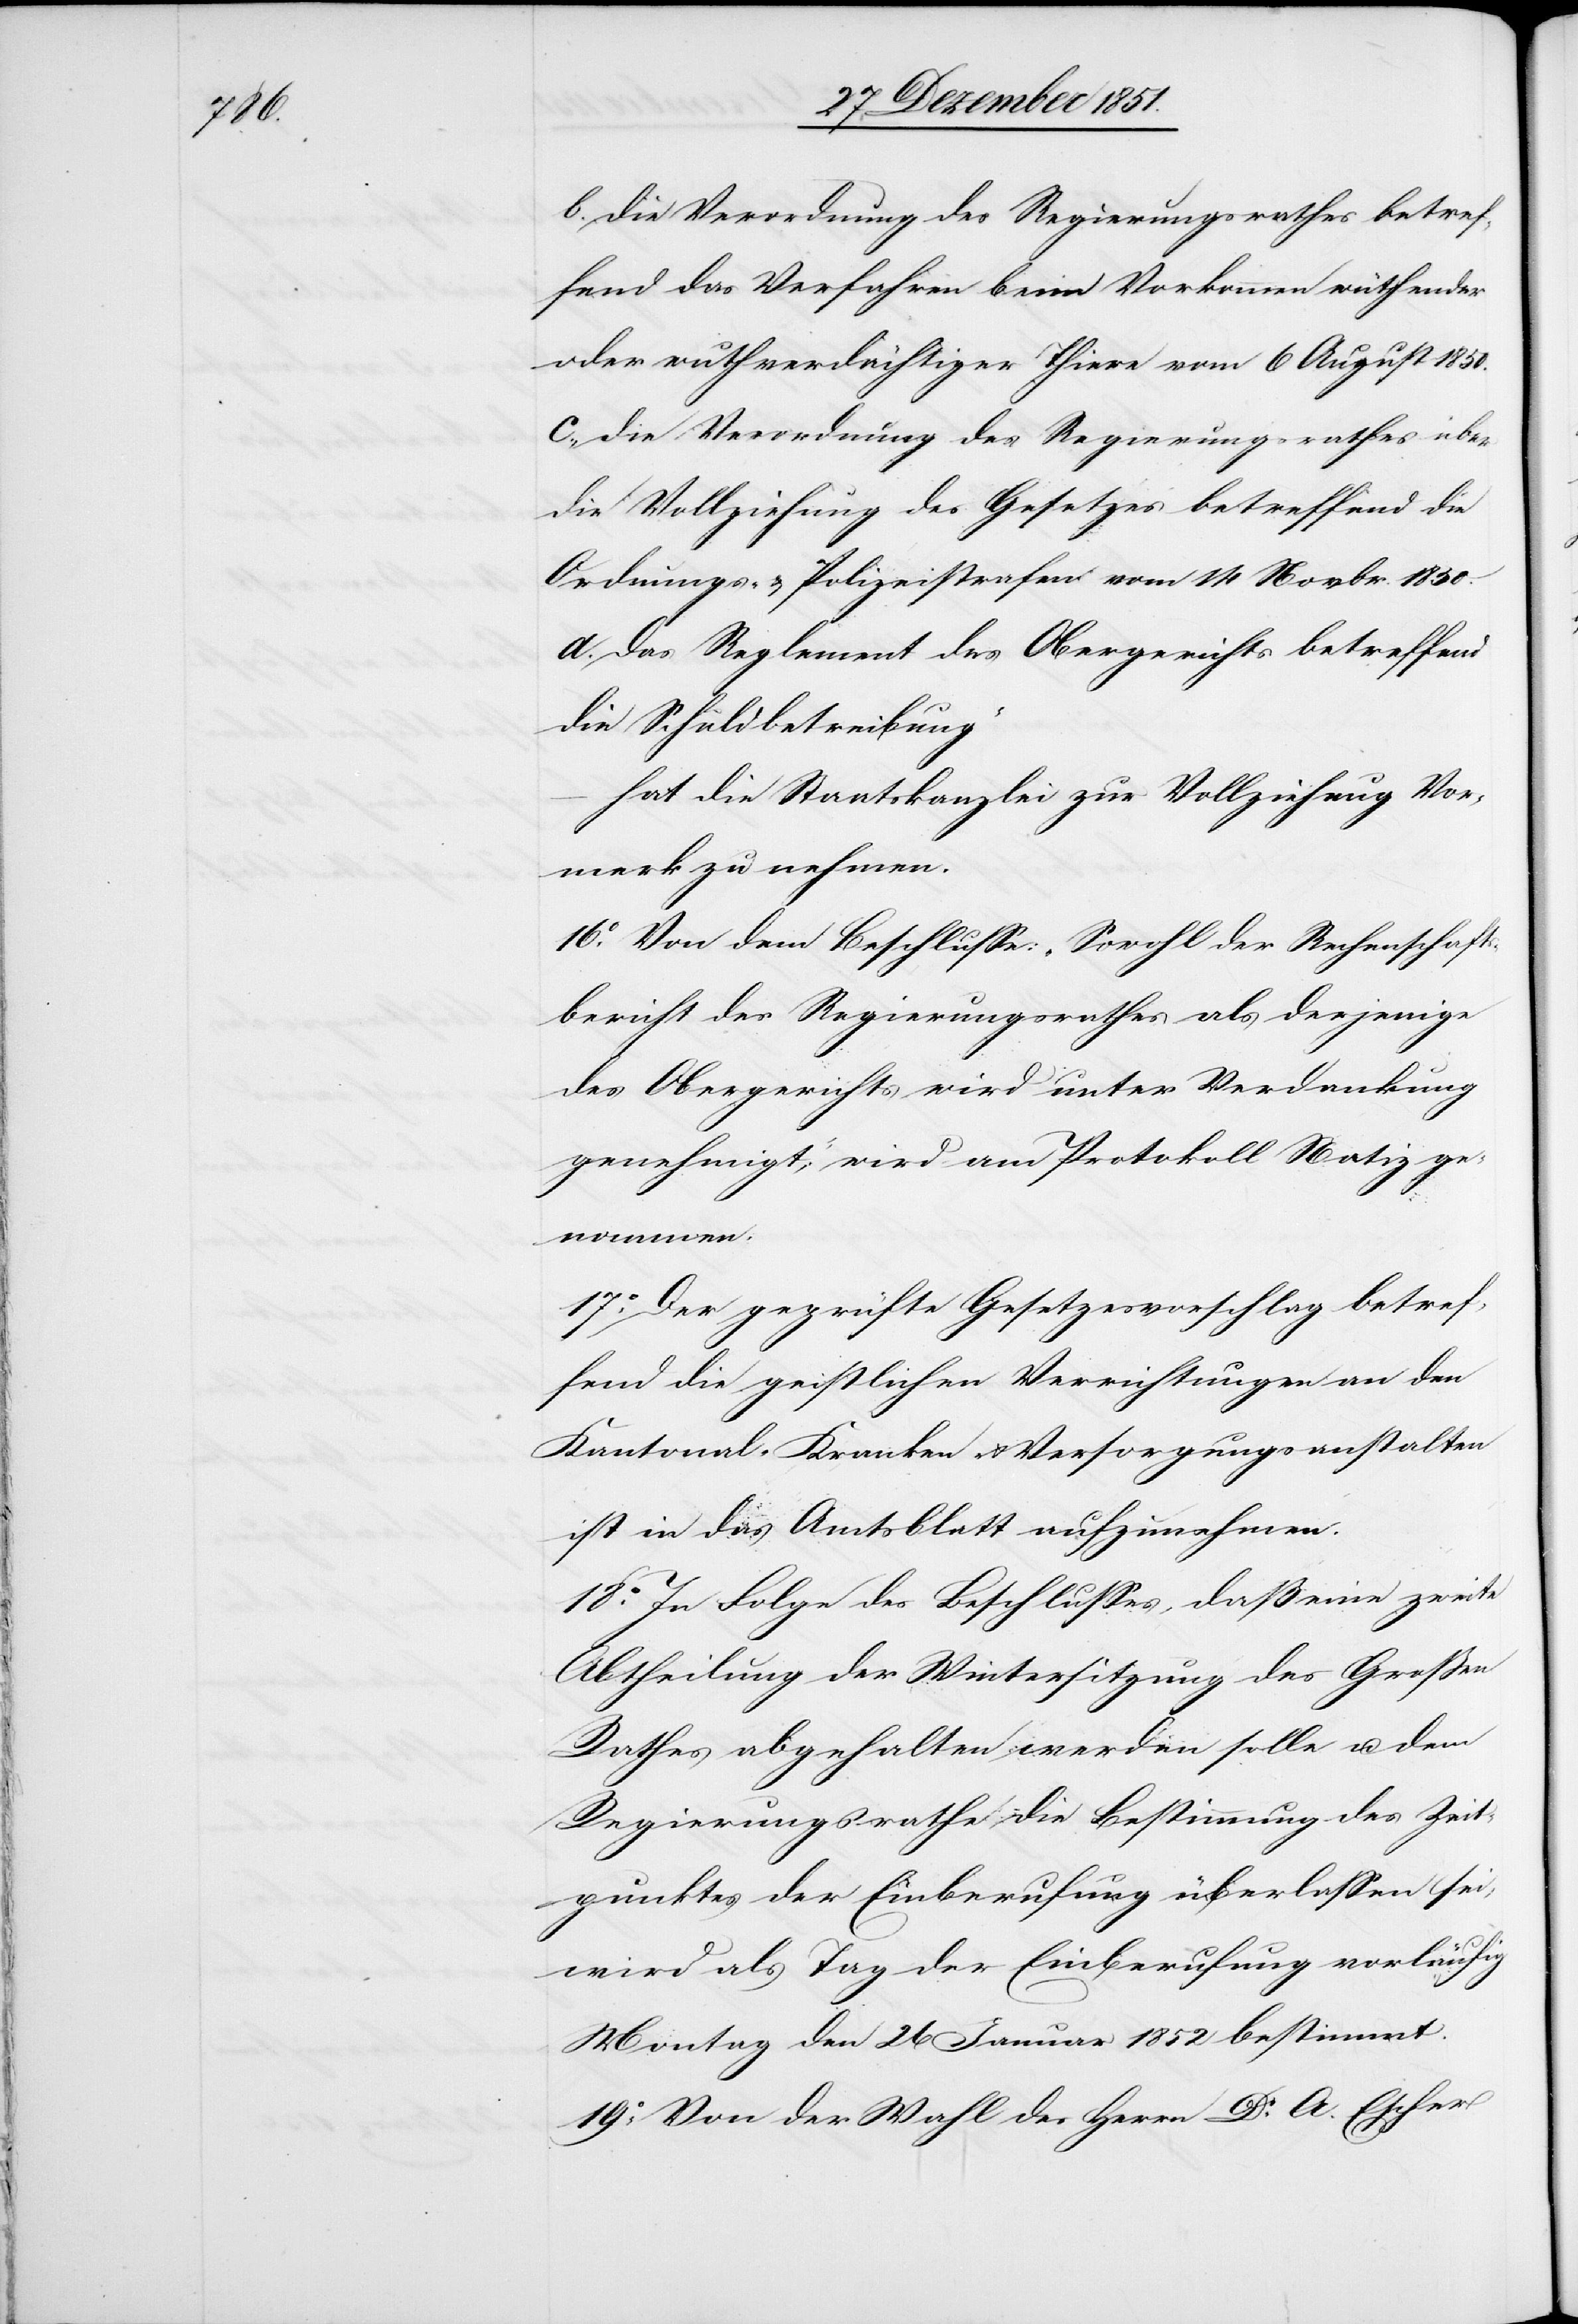
b. die Verordnung des Regierungsrathes betref¬
fend das Verfahren beim Vorkommen wüthender
oder wuthverdächtiger Thiere vom 6 August 1850.
c., die Verordnung des Regierungsrathes über
die Vollziehung des Gesetzes betreffend die
Ordnungs- & Polizeistrafen vom 14 Novbr. 1850.
d. Das Reglement des Obergerichts betreffend
die Schuldbetreibung“
hat die Staatskanzlei zur Vollziehung Vor¬
merk zu nehmen.
16.o Von dem Beschlusse: „Sowohl der Rechenschafts¬
bericht des Regierungsrathes als derjenige
des Obergerichts wird unter Verdankung
genehmigt;“ wird am Protokoll Notiz ge¬
nommen.
17.o Der geprüfte Gesetzesvorschlag betref¬
fend die geistlichen Verrichtungen an den
Kantonal-Kranken- & Versorgungsanstalten
ist in das Amtsblatt aufzunehmen.
18.o In Folge des Beschlusses, daß eine zweite
Abtheilung der Wintersitzung des Großen
Rathes abgehalten werden solle u. dem
Regierungsrathe die Bestimmung des Zeit¬
punktes der Einberufung überlassen sei,
wird als Tag der Einberufung vorläufig
Montag den 26 Januar 1852 bestimmt.
19.o Von der Wahl des Herrn Dr. A. Escher